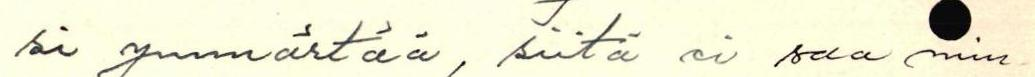
si ymmärtää, siitä ei saa min